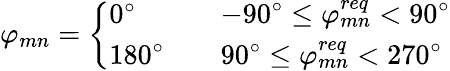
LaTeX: \varphi_{mn}=\left\{ \begin{array}{lcl}{0^{\circ}}&{}&{-90^{\circ}\leq\varphi_{mn}^{req}<90^{\circ}}\\ {180^{\circ}}&{}&{90^{\circ}\leq\varphi_{mn}^{req}<270^{\circ}}\end{array}\right.